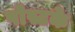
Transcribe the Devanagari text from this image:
पोस्टके